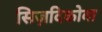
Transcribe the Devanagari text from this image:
सिज़दिकोवा